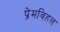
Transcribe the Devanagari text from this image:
प्रेमविहल